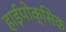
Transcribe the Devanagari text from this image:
हाईपोक्सिक